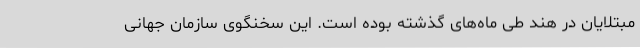
مبتلایان در هند طی ماه‌های گذشته بوده است. این سخنگوی سازمان جهانی